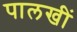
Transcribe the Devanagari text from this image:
पालखीं